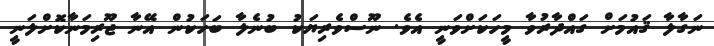
ނަގާލާ ޤައުމަށް ގައްދާރުވާ މީހަކަށްވަނީ އެވެ. ނޫސްވެރިޔަކު ބުނެލާ ބަހަކުން އޭނާ ޖޫރިމަނާކޮށްލަނީ